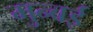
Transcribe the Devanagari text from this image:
मुन्बई